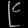
Digit: ၉